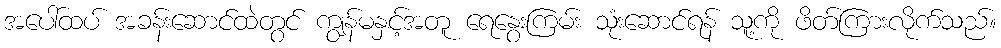
အပေါ်ထပ် အခန်းဆောင်ထဲတွင် ကျွန်မနှင့်အတူ ရေနွေးကြမ်း သုံးဆောင်ရန် သူ့ကို ဖိတ်ကြားလိုက်သည်။